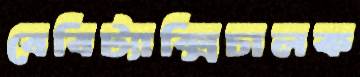
বেবিট্যাক্সিচালক